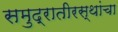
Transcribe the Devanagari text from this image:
समुद्रातीरस्थांचा